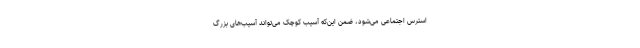
استرس اجتماعی می‌شود، ضمن این‌که آسیب کوچک می‌تواند آسیب‌های بزرگ